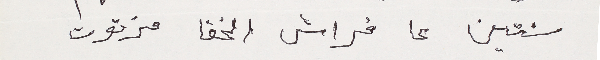
سنتين عا فراش الخفا مزتوت